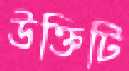
উক্তিটি